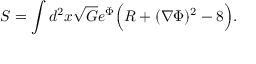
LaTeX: S = \int d ^ { 2 } x \sqrt { G } e ^ { \Phi } \Bigl ( R + ( \nabla \Phi ) ^ { 2 } - 8 \Bigr ) .